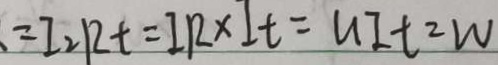
= I _ { 2 } R t = I R \times I t = u I t = W